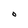
Character: O